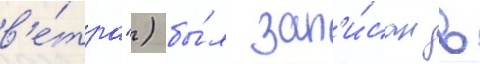
в'е́тра") бы́л зап'и́сан в